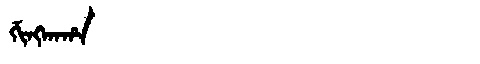
Manchu: ᡤᡳᠩᡴᠠᡥᠠ
Romanization: GINGKAHA